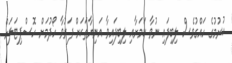
ކުރުމުގެ ހައްގުވެސް ލިބިފައި ނުވާ ކަމަށާއި ލިބިފައިވާ އަނިޔާތަކަށް ފަރުވާ ހޯދުމަށް ހޮސްޕިޓަލަށް